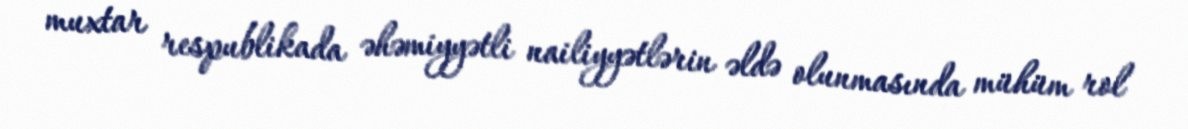
muxtar respublikada əhəmiyyətli nailiyyətlərin əldə olunmasında mühüm rol